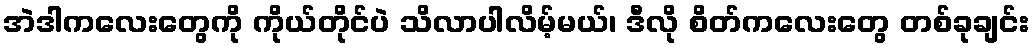
အဲဒါကလေးတွေကို ကိုယ်တိုင်ပဲ သိလာပါလိမ့်မယ်၊ ဒီလို စိတ်ကလေးတွေ တစ်ခုချင်း